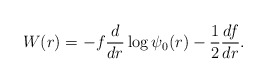
\begin{align*} W(r) = - f \frac{d}{dr} \log \psi_0(r) - \frac{1}{2} \frac{df}{dr}.\end{align*}